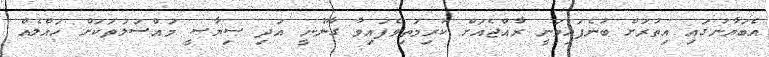
އެބަޔާނުގައި އިތުރަށް ބުނެފައިވަނީ ރާއްޖެއަށް ކުރިމަތިވެފައިވާ ގާނޫނީ އަދި ސިޔާސީ މައްސަލަތަކަށް ހައްލެއް